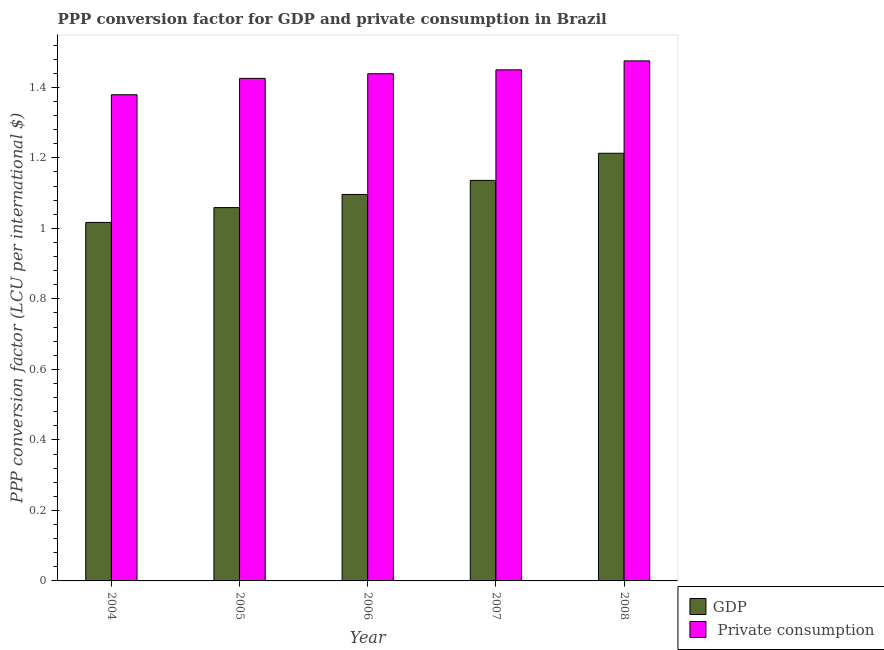
| Year | GDP |  Private consumption |
 | --- | --- | --- |
 | 2004 | 1.02 | 1.38 |
 | 2005 | 1.06 | 1.43 |
 | 2006 | 1.1 | 1.44 |
 | 2007 | 1.14 | 1.45 |
 | 2008 | 1.21 | 1.48 |